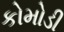
કોમોડી